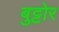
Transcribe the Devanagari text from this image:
बुट्टोर